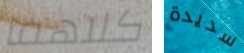
كلاهما سديدة